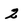
Character: 2